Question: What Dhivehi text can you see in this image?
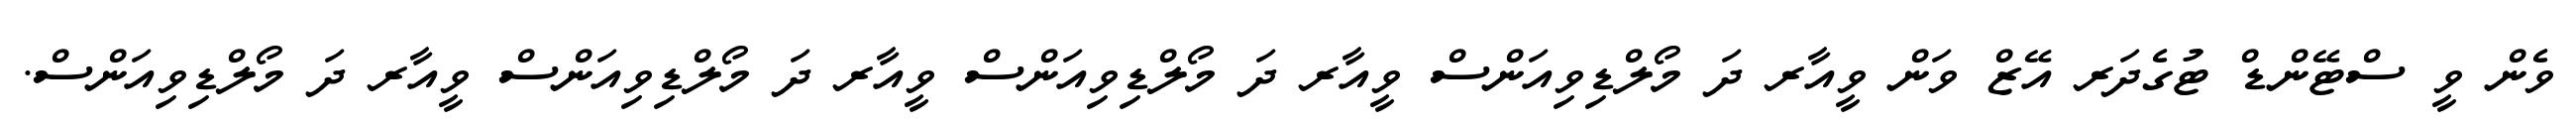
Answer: ވެން ވީ ސްޓޭންޑް ޓުގެދަރ އޭޒް ވަން ވީއާރ ދަ މޯލްޑިވިއަންސް ވީއާރ ދަ މޯލްޑިވިއަންސް ވީއާރ ދަ މޯލްޑިވިއަންސް ވީއާރ ދަ މޯލްޑިވިއަންސް.